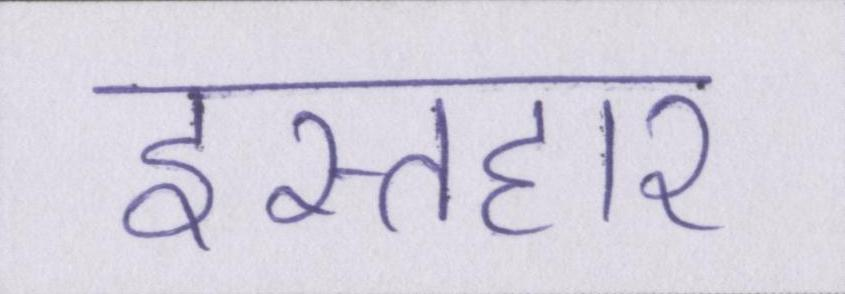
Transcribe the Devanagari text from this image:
इस्तहार